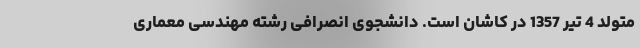
متولد 4 تیر 1357 در کاشان است. دانشجوی انصرافی رشته مهندسی معماری